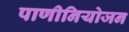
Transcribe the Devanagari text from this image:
पाणीनियोजन